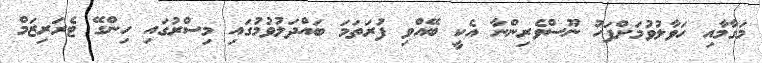
މަގާމާއި ހަވާލުވުމަށްފަހު ނޫސްވެރިންނާ އެކީ ބޭއްވި ފުރަތަމަ ބައްދަލުވުމުގައި މިސްރުގައި ހިންގޭ ޓެރަރިޒަމް